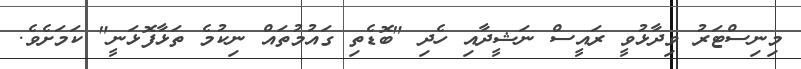
މިނިސްޓަރު ވިދާޅުވީ ރައީސް ނަޝީދާއި ހެދި "ބޮޑެތި ގައުމުތައް ނިކުމެ ތަޅާފޮޅަނީ" ކަމަށެވެ.